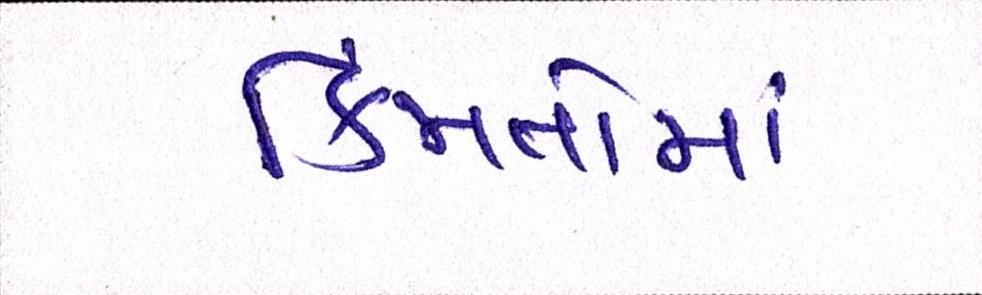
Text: કિંમતોમાં